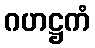
ဂဟဋ္ဌကံ